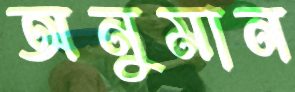
অনুমান